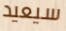
سيعيد